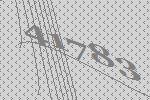
41783